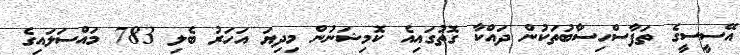
އޭސީސީގެ ތަފާސްހިސާބުތަކުން ދައްކާ ގޮތުގައިއެ ކޮމިޝަނުން މިދިޔަ އަހަރު ބެލި 783 މައްސަލައިގެ